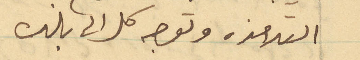
التلامذه وتوجه كل الى بلده